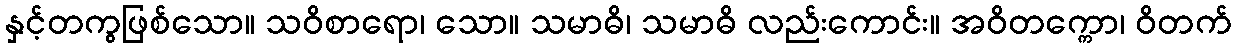
နှင့်တကွဖြစ်သော။ သဝိစာရော၊ သော။ သမာဓိ၊ သမာဓိ လည်းကောင်း။ အဝိတက္ကော၊ ဝိတက်